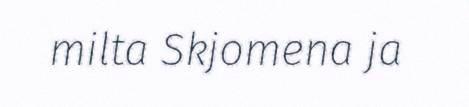
milta Skjomena ja